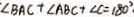
\angle B A C + \angle A B C + \angle C = 1 8 0 ^ { \circ }